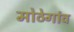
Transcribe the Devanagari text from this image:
मोठेगांव